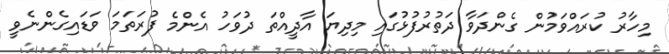
މިހާރު ކުރައްވަމުން ގެންދަވާ ދަތުރުފުޅުގައި މިދިޔަ އާދީއްތަ ދުވަހު އެންމެ ފުރަތަމަ ވަޑައިގެންނެވީ